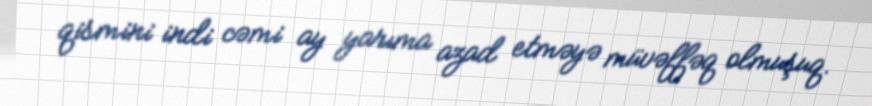
qismini indi cəmi ay yarıma azad etməyə müvəffəq olmuşuq.